Lunatic asylums in Bengal annual reports 1888-1898 - 1888-1898
Year: 1888
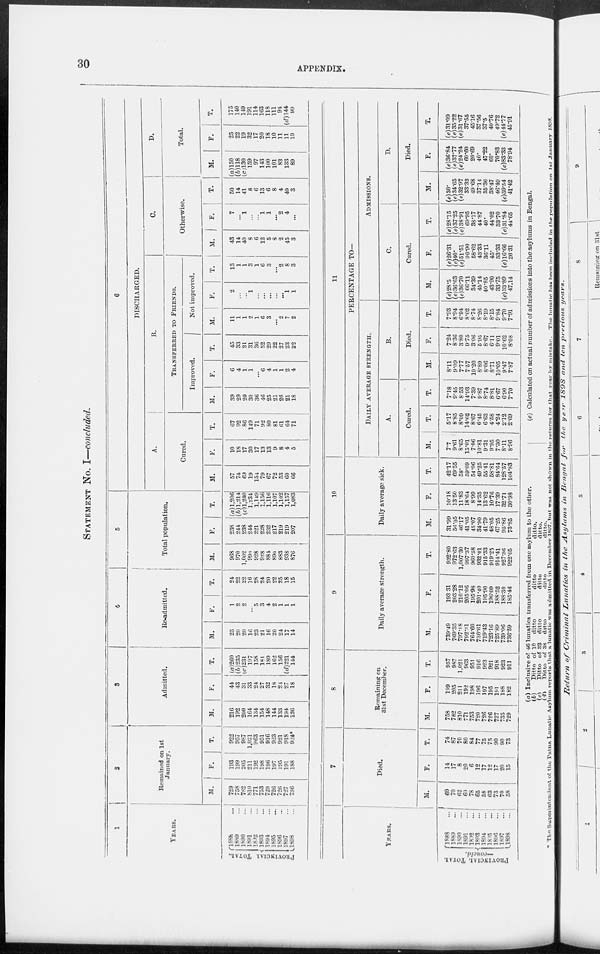
30
APPENDIX.
STATEMENT NO. I—concluded.
1
YEARS.
PROVINCIAL TOTAL.
1888 ...
1889 ...
1890 ...
1891 ...
1892 ...
1893 ...
1894 ...
1895 ...
1896 ...
1897 ...
1898 ...
2
Remained on 1st
January.
M.
729
758
782
810
771
753
720
726
726
727
736
F.
193
199
205
211
192
198
196
197
195
191
188
T.
922
957
987
1,021
963
951
916
923
921
918
924*
3
Admitted.
M.
216
192
200
164
134
154
148
144
133
194
126
F.
44
43
31
33
24
27
32
18
23
27
18
T.
(a)260
(b)235
(c)23l
197
158
181
180
162
156
(d)221
144
4
Re-admitted.
M.
23
20
20
16
23
21
16
20
24
17
14
F.
1
2
2
...
5
3
4
2
1
1
1
T.
24
22
22
16
28
24
20
22
25
18
15
5
Total population.
M.
968
970
1,002
990
928
928
884
890
883
938
876
F.
238
244
238
244
221
228
232
217
219
219
207
T.
(a)l,206
(b)1,214
(c)1,240
1,234
1,149
1,156
1,116
1,107
1,102
1,157
1,083
6
DISCHARGED.
A.
Cured.
M.
57
74
69
19
154
79
67
72
53
60
66
F.
10
18
17
30
17
13
13
9
8
4
5
T.
67
92
86
149
71
92
80
81
61
64
71
B.
TRANSFERRED TO FRIENDS.
Improved.
M.
39
29
20
30
36
46
25
21
26
21
18
F.
6
4
1
1
...
6
4
1
1
2
4
T.
45
33
21
31
36
52
29
22
27
23
22
Not improved.
M.
11
1
1
2
1
6
3
...
2
7
2
F.
2
...
...
1
...
...
...
...
...
1
1
T.
13
1
1
3
1
6
3
...
2
8
3
C.
Otherwise.
M.
43
14
40
8
6
12
5
8
2
45
3
F.
7
...
1
...
...
1
1
...
2
4
...
T.
50
14
41
8
6
13
6
8
4
49
3
D.
Total.
M.
(a)150
(b)118
(c)l30
159
97
143
100
101
83
133
89
F.
25
22
19
32
17
20
18
10
11
11
10
T.
175
140
149
191
114
163
118
111
94
(d)144
99
YEARS.
PROVINCIAL TOTAL
—concld.
1888 ...
1889 ...
1890 ...
1891 ...
1892 ...
1893 ...
1894 ...
1895 ...
1896 ...
1897 ...
1898 ...
7
Died.
M.
60
70
62 69
78
65
58
63
73
70
58
F.
14
17
8
20
6
12
17
12
17
20
15
T.
74
87
70
80
84
77
75 75
90
90
73
8
Remaining on
31st December.
M.
758
782
810
771
753
720
726
726
727
735
729
F.
199
205
211
192
198
196
197
195
191
188
182
T.
957
987
1,021
963
951
916
923
921
918
923
911
9
Daily average strength.
M.
739.49
769.35
797.18
792.31
764.60
730.6l
719.43
723.16
725.89
739.06
736.59
F.
193 31
203.28
210.12
205.06
195.98
201.40
105.90
196.09
188.52
188.30
185.46
T.
932.80
972.63
1,007.30
997.37
960.58
932.01
915.33
919.25
914.41
927.36
922.05
10
Daily average sick.
M.
31.99
56.05
46.17
41.05
45.07
34.90
41.79
48.05
67.25
95.86
73.85
F.
10.18
13.50
11.83
18.64
8.99
14.35
13.62
10.76
17.39
32.71
30.98
T.
42.17
69.55
58.
59.69
54.06
49.25
55.41
58.81
84.64
128.57
104.83
11
PERCENTAGE TO—
DAILY AVERAGE STRENGTH.
A.
Cured.
M.
7.7
9.61
8.65
15.01
7.06
10.81
9.31
9.95
7.30
8.11
8.96
F.
5.17
8.85
8.09
14.62
8.67
6.45
6.63
4.58
4.24
2.12
2.69
T.
7.18
9.45
8.53
14.93
7.39
9.87
8.74
8.81
6.67
6.90
7.70
B.
Died.
M.
8.11
9.09
7.77
7.57
10.20
8.89
8.06
8.71
10.05
9.47
7.87
F.
7.24
8.36
3.80
9.75
3.06
5.95
8.67
6.11
9.01
10.62
8.08
T.
7.93
8.94
6.94
8.02
8.74
8.26
8.19
8.15
9.84
9.70
7.91
ADMISSIONS.
C.
Cured.
M.
(e)28.5
(e)36.63
(e)36.70
66.11
34.39
45.14
40.85
43.90
33.75
(e)33.89
47.14
F.
(e)26.31
(e)40.
(e)51.51
90.90
58.62
43.33
36.11
45.
33.33
(e)16.66
26.31
T.
(e)28.15
(e)37.25
(e)38.91
69.95
38.17
44.87
40.
44.02
33.70
(e)31.84
44.65
D.
Died.
M.
(e)30.
(e)34.65
(e)32.97
33.33
49.68
37.14
35.36
38.47
46.49
(e)39.54
41.42
F.
(e)36.84
(e)37.77
(e)24.24
60.60
20.69
40.
47.22
60.
70.83
(e)83.33
78.94
T.
(e)3l.09
(e)35.22
(e)3l.67
37.55
45.16
37.56
37.5
40.76
49.72
(e) 44.77
45.91
(a) Inclusive of 46 lunatics transferred from one asylum to the other.
(b)
Ditto of 10 ditto
ditto
ditto.
(c)
Ditto of 32 ditto
ditto
ditto.
(d)
Ditto of 38 ditto
ditto
ditto.
(e) Calculated on actual number of admissions into the asylums in Bengal.
* The Superintendent of the Patna Lunatic Asylum reports that a lunatic was admitted in December 1897, but was not shown in the returns for that year by mistake. The lunatic has been included in the population
on 1st January 1898.